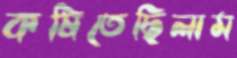
কষিতেছিলাম